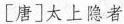
[唐]太上隐者